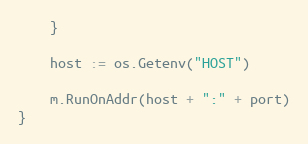
Language: Go
	}

	host := os.Getenv("HOST")

	m.RunOnAddr(host + ":" + port)
}